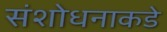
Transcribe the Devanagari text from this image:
संशोधनाकडे